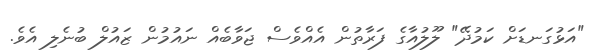
"އަޅުގަނޑަށް ކަމުދޭ" ލޫލުއާގެ ފަރާތުން އެއްވެސް ޖަވާބެއް ނައުމުން ޒައުލް ބުނެލި އެވެ.